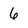
Character: 6